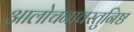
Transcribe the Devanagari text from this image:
आलोचनावस्तुनिष्ठ